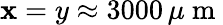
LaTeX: \mathbf{x}=y\approx3000\, \mu\mathrm{{~m~}}